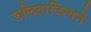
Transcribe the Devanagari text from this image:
ललितादित्यने